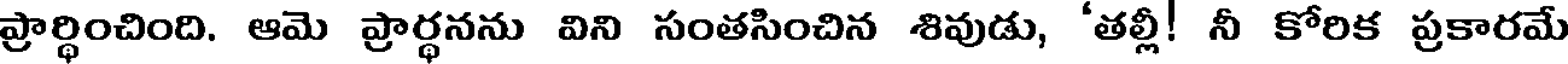
ప్రార్ధించింది. ఆమె ప్రార్ధనను విని సంతసించిన శివుడు, 'తల్లీ! నీ కోరిక ప్రకారమే